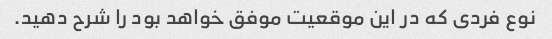
نوع فردی که در این موقعیت موفق خواهد بود را شرح دهید.